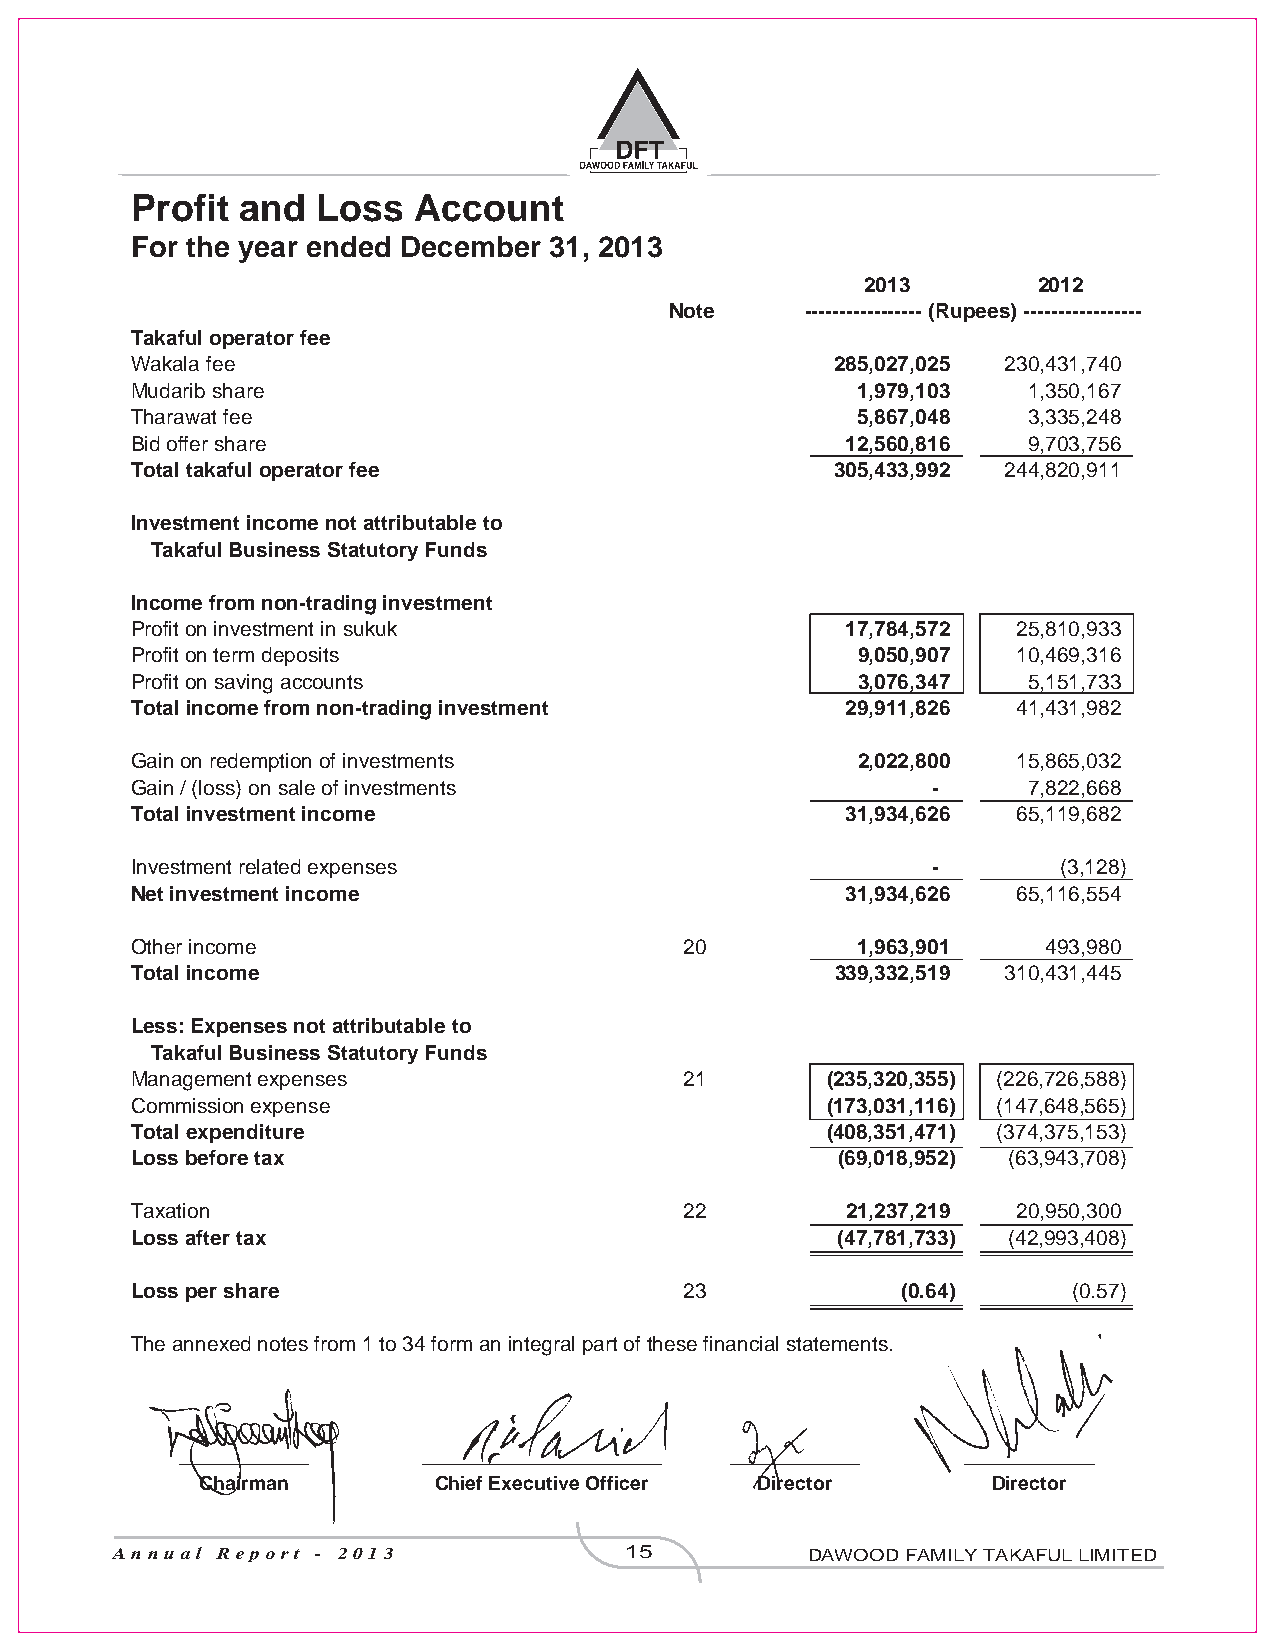
Profit and  Loss  Account
 For the year ended December 31, 2013
 2013        2012
 Note     ----------------- (Rupees) -----------------
 Takaful operator fee
 Wakala fee                                    285,027,025 230,431,740
 Mudarib share                                   1,979,103  1,350,167
 Tharawat fee                                    5,867,048  3,335,248
 Bid offer share                                12,560,816  9,703,756
 Total takaful operator fee                    305,433,992 244,820,911
 Investment income not attributable to
 Takaful Business Statutory Funds
 Income from non-trading investmentProfit on investment in sukuk 17,784,572 25,810,933
 Profit on term deposits                         9,050,907 10,469,316
 Profit on saving accounts                       3,076,347  5,151,733
 Total income from non-trading investment       29,911,826 41,431,982
 Gain on redemption of investments               2,022,800 15,865,032
 Gain / (loss) on sale of investments                 -     7,822,668
 Total investment income                        31,934,626 65,119,682
 Investment related expenses                          -       (3,128)
 Net investment income                          31,934,626 65,116,554
 Other income                        20          1,963,901   493,980
 Total income                                  339,332,519 310,431,445
 Less: Expenses not attributable to
 Takaful Business Statutory Funds
 Management expenses                 21        (235,320,355) (226,726,588)
 Commission expense                            (173,031,116) (147,648,565)
 Total expenditure                             (408,351,471) (374,375,153)
 Loss before tax                               (69,018,952) (63,943,708)
 Taxation                            22         21,237,219 20,950,300
 Loss after tax                                (47,781,733) (42,993,408)
 Loss per share                      23             (0.64)     (0.57)
 The annexed notes from 1 to 34 form an integral part of these financial statements.
 ____________    ______________________ ____________ ____________
 Chairman        Chief Executive Officer Director     Director
 Annual Report - 2013              15          DAWOOD FAMILY TAKAFUL LIMITED